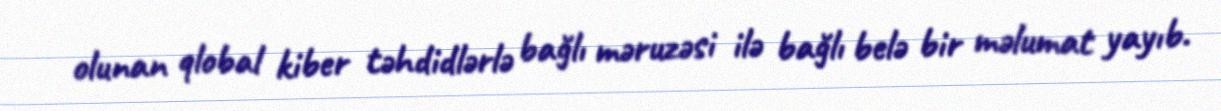
olunan qlobal kiber təhdidlərlə bağlı məruzəsi ilə bağlı belə bir məlumat yayıb.